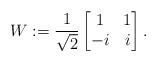
LaTeX: \begin{align*} W := \frac{1}{\sqrt{2}} \begin{bmatrix} 1 & 1 \\ -i & i \end{bmatrix}. \end{align*}